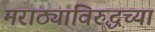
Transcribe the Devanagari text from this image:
मराठ्याविरुद्धच्या